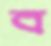
ব